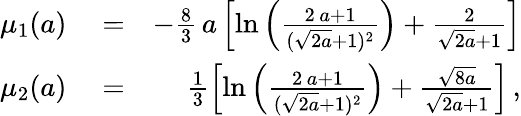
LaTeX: \begin{array}{rlr}{\mu_{1}(a)}&{{}=}&{-\frac{8}{3}\, a\left[\ln{\left(\frac{2\, a+1}{(\sqrt{2a}+1)^{2}}\right)}+\frac{2}{\sqrt{2a}+1}\right]}\\ {\mu_{2}(a)}&{{}=}&{\frac{1}{3}\left[\ln{\left(\frac{2\, a+1}{(\sqrt{2a}+1)^{2}}\right)}+\frac{\sqrt{8a}}{\sqrt{2a}+1}\right]\, ,}\end{array}